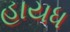
હાયધ